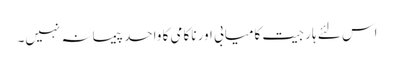
اس لئے ہار جیت کامیابی اور ناکامی کا واحد پیمانہ نہیں۔